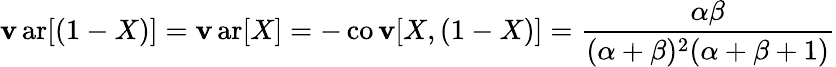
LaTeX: \operatorname{\mathbf{v}ar}[(1-X)]=\operatorname{\mathbf{v}ar}[X]=-\operatorname{co\mathbf{v}}[X,(1-X)]={\frac{{\alpha\beta}}{{(\alpha+\beta)^{2}(\alpha+\beta+1)}}}